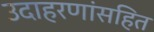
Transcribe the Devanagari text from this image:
उदाहरणांसहित